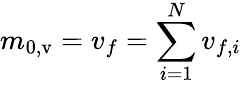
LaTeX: m_{0,\mathrm{v}}=v_{f}=\sum_{i=1}^{N}v_{f,i}